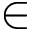
\in